Report on the lunatic asylums under the Government of Bombay - 1904-1913
Year: 1904
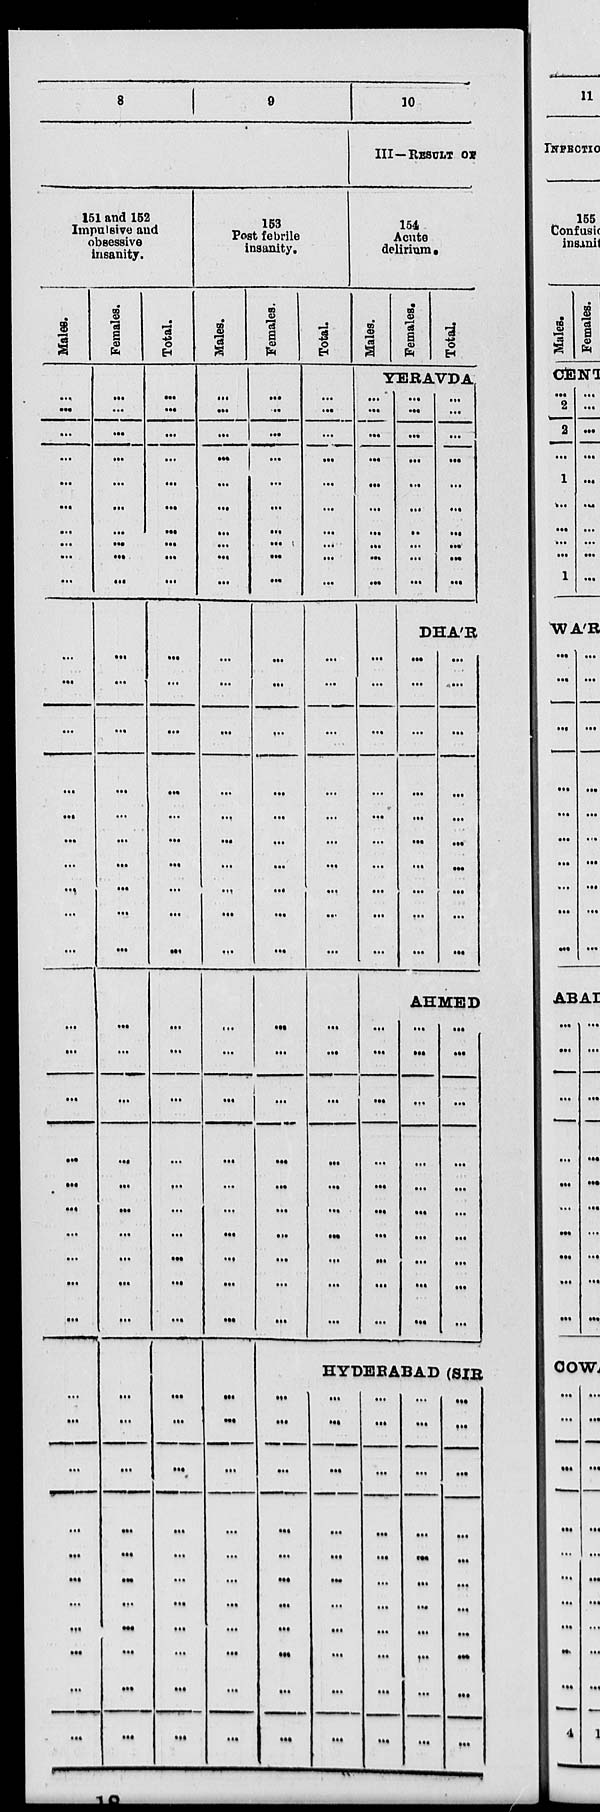
8
9
151 and 152
Impulsive and
obsessive
insanity.
Males.
...
...
...
...
...
...
...
...
...
...
...
...
...
...
...
...
...
...
...
...
...
...
...
...
...
...
...
...
...
...
...
...
...
...
...
...
...
...
...
...
...
Females.
...
...
...
...
...
...
...
...
...
...
...
...
...
...
...
...
...
...
...
...
...
...
...
...
...
...
...
...
...
...
...
...
...
...
...
...
...
...
...
...
...
Total.
...
...
...
...
...
...
...
...
...
...
...
...
...
...
...
...
...
...
...
...
...
...
...
...
...
...
...
...
...
...
...
...
...
...
...
...
...
...
...
...
...
153
Post febrile
insanity.
Males.
...
...
...
...
...
...
...
...
...
...
...
...
...
...
...
...
...
...
...
...
...
...
...
...
...
...
...
...
...
...
...
...
...
...
...
...
...
...
...
...
...
Females.
...
..
...
...
...
...
...
...
...
...
...
...
...
...
...
...
...
...
...
...
...
...
...
...
...
...
...
...
...
...
...
...
...
...
...
...
...
...
...
...
...
Total.
...
...
...
...
...
...
...
...
...
...
...
...
...
...
...
...
...
...
...
...
...
...
...
...
...
...
...
...
...
...
10
III—RESULT OF
154
Acute
delirium.
Males.
Females.
Total.
YERAVDA
...
...
...
...
...
...
...
...
...
...
...
...
...
...
...
...
...
...
...
...
...
...
...
...
...
...
...
...
...
...
...
...
...
...
...
...
...
...
...
...
...
...
...
...
...
...
...
...
...
...
DHA'R
...
...
...
...
...
...
...
...
...
...
...
...
...
...
...
...
...
...
...
...
AHMED
...
...
...
...
...
...
...
...
...
...
...
...
...
...
...
...
...
...
...
...
HYDERABAD (SIR
...
...
...
...
...
...
...
...
...
...
...
...
...
...
...
...
...
...
...
...
...
...
...
...
...
...
...
...
...
...
...
...
...
...
...
...
...
...
...
...
...
...
...
...